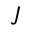
\jmath